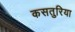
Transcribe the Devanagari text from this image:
कसतुरिया